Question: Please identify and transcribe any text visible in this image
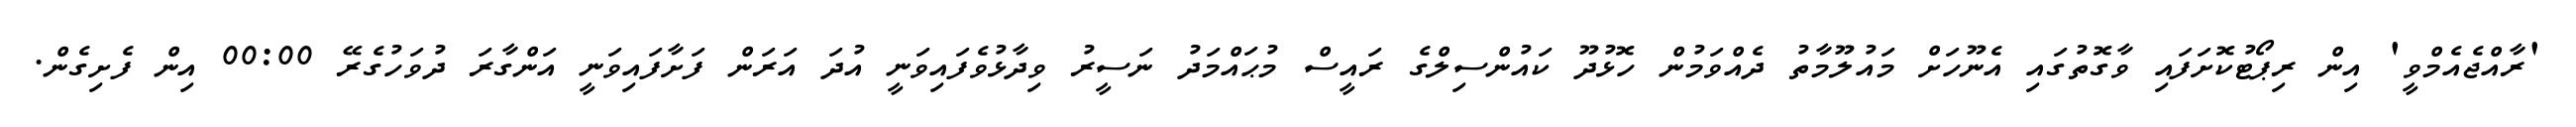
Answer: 'ރާއްޖެއެމްވީ' އިން ރިޕޯޓުކޮށަފައި ވާގޮތުގައި އެނޫހަށް މައުލޫމާތު ދެއްވަމުން ހޮޅުދޫ ކައުންސިލްގެ ރައީސް މުޙައްމަދު ނަސީރު ވިދާޅުވެފައިވަނީ އުދަ އަރަން ފަށާފައިވަނީ އަންގާރަ ދުވަހުގެރޭ 00:00 އިން ފެށިގެން.